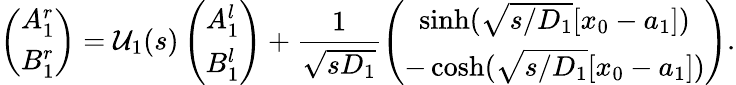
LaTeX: \left(\begin{array}{c}{A_{1}^{r}}\\ {B_{1}^{r}}\end{array}\right)={\mathcal U}_{1}(s)\left(\begin{array}{c}{A_{1}^{l}}\\ {B_{1}^{l}}\end{array}\right)+\frac{1}{\sqrt{sD_{1}}}\left(\begin{array}{c}{\sinh(\sqrt{s/D_{1}}[x_{0}-a_{1}])}\\ {-\cosh(\sqrt{s/D_{1}}[x_{0}-a_{1}])}\end{array}\right).